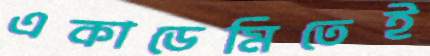
একাডেমিতেই